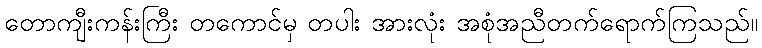
တောကျီးကန်းကြီး တကောင်မှ တပါး အားလုံး အစုံအညီတက်ရောက်ကြသည်။